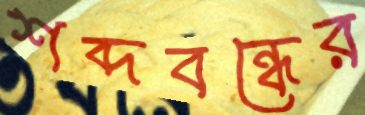
শব্দবন্ধের